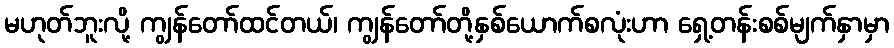
မဟုတ်ဘူးလို့ ကျွန်တော်ထင်တယ်၊ ကျွန်တော်တို့နှစ်ယောက်စလုံးဟာ ရှေ့တန်းစစ်မျက်နှာမှာ